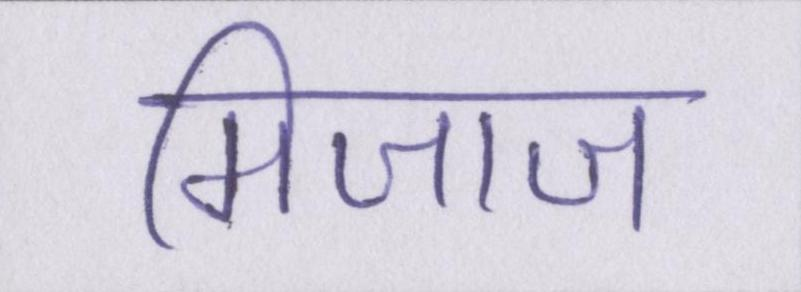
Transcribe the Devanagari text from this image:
मिजाज